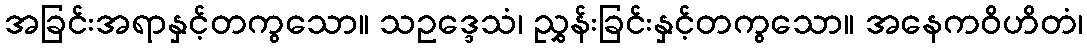
အခြင်းအရာနှင့်တကွသော။ သဥဒ္ဒေသံ၊ ညွှန်းခြင်းနှင့်တကွသော။ အနေကဝိဟိတံ၊